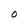
Character: 0